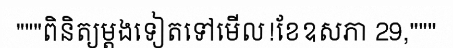
"""ពិនិត្យម្តងទៀតទៅមើល!ខែឧសភា 29,"""